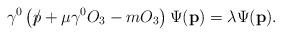
LaTeX: \begin{align*}\gamma^0 \left ( \rlap\slash p+\mu\gamma^0 O_3-m O_3 \right ) \Psi(\mathbf{p}) = \lambda \Psi(\mathbf{p}).\end{align*}